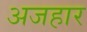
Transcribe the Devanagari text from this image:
अजहार